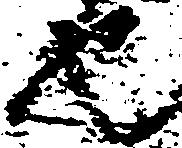
也